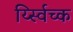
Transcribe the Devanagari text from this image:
र्य्स्विच्क